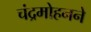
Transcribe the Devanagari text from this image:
चंद्रमोहनने